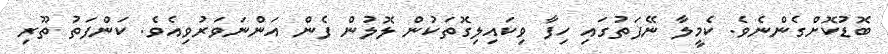
ބޮޑުކޮށްގެންނެވެ. ކެމީލާ ނޭފަތުގައި ހިފާ ވިކައިލިގޮތަކުން ލޮލުން ފެން އަންނަވަރުވިއެވެ. ކަންފަތު ތޫރި